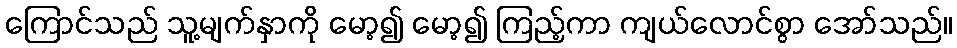
ကြောင်သည် သူ့မျက်နှာကို မော့၍ မော့၍ ကြည့်ကာ ကျယ်လောင်စွာ အော်သည်။